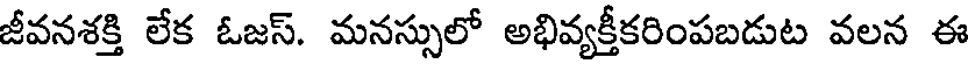
జీవనశక్తి లేక ఓజస్. మనస్సులో అభివ్యక్తీకరింపబడుట వలన ఈ